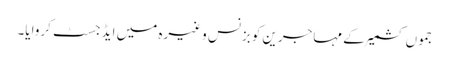
جموں کشمیر کے مہاجرین کو بزنس وغیرہ میں ایڈجسٹ کروایا۔